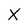
Character: X